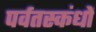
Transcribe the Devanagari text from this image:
पर्वतस्कंधों